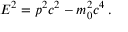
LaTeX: E ^ { 2 } = p ^ { 2 } c ^ { 2 } - m _ { 0 } ^ { 2 } c ^ { 4 } \, .